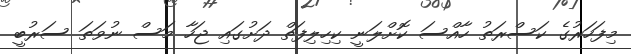
މިފަހަރުގެ ކަސްރަތު ހާއްސަ ކޮށްލަނީ ކިހިލިފަތް ދަށުގައި ޖަހާ މަސް ނުވަތަ ސަރުބީ